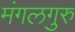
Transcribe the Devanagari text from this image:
मंगलगुरु